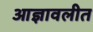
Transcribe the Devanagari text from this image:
आज्ञावलीत